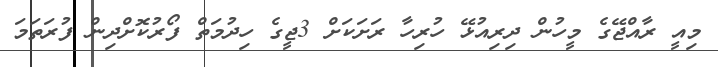
މިއީ ރާއްޖޭގެ މީހުން ދިރިއުޅޭ ހުރިހާ ރަށަކަށް 3ޖީގެ ހިދުމަތް ފޯރުކޮށްދިން ފުރަތަމަ